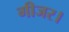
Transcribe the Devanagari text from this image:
गीजर।